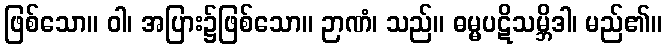
ဖြစ်သော။ ဝါ၊ အပြား၌ဖြစ်သော။ ဉာဏံ၊ သည်။ ဓမ္မပဋိသမ္ဘိဒါ၊ မည်၏။